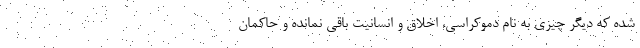
شده که دیگر چیزی به نام دموکراسی، اخلاق و انسانیت باقی نمانده و حاکمان